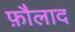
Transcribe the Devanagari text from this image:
फ़ौलाद